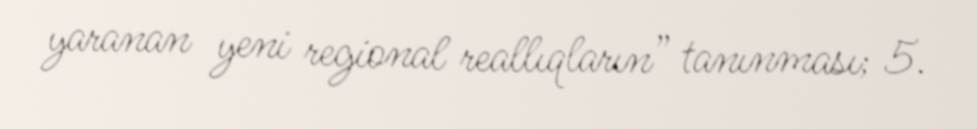
yaranan yeni regional reallıqların” tanınması; 5.